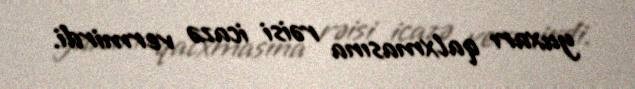
yuxarı qalxmasına rəisi icazə vermirdi.